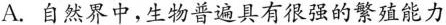
A.自然界中，生物普遍具有很强的繁殖能力